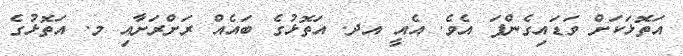
އަތޮޅަކަށް ވަޑައިގެންފަ އެވެ. އެއީ އދ. އަތޮޅުގެ ބައެއް ރަށްރަށާއި މ. އަތޮޅުގެ